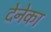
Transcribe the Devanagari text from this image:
देनेका